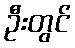
ဦးတွင်